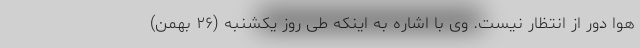
هوا دور از انتظار نیست. وی با اشاره به اینکه طی روز یکشنبه (۲۶ بهمن)